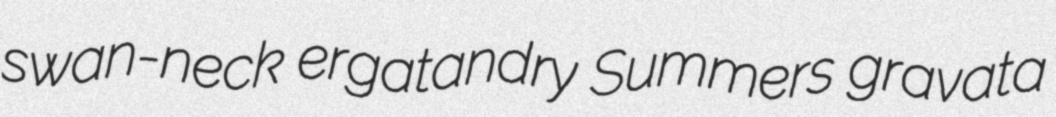
swan-neck ergatandry Summers gravata